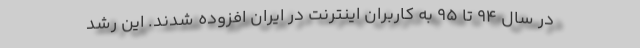
در سال ۹۴ تا ۹۵ به كاربران اينترنت در ايران افزوده شدند. اين رشد